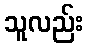
သူလည်း